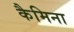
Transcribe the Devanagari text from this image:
कैमिना